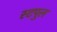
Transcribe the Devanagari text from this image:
स्टपुल